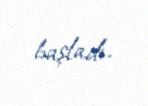
başladı.